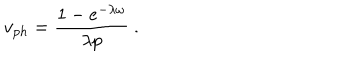
v _ { p h } = \frac { 1 - e ^ { - \lambda \omega } } { \lambda p } ~ .